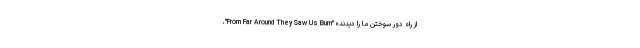
از راه دور سوختن ما را دیدند» "From Far Around They Saw Us Burn"،